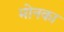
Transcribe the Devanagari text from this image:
मोनका